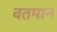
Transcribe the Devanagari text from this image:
वतमान